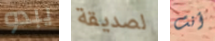
يبدو لصديقة أنت